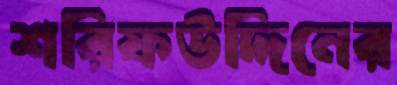
শরিফউদ্দিনের